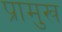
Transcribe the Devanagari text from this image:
प्रामुख